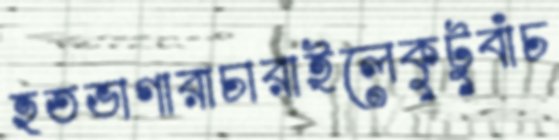
হতভাগারাচারাইলেকুটুবাঁচ